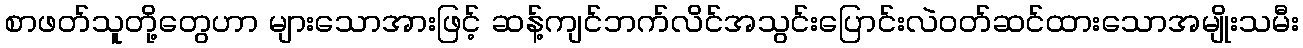
စာဖတ်သူတို့တွေဟာ များသောအားဖြင့် ဆန့်ကျင်ဘက်လိင်အသွင်းပြောင်းလဲဝတ်ဆင်ထားသောအမျိုးသမီး